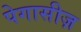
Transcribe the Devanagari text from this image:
पेगासीज़